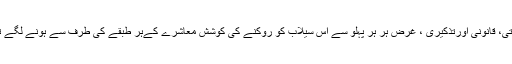
غر ض کہ ایمانی ، اخلاقی، معاشرتی، قانونی اورتذکیری ، غرض ہر ہر پہلو سے اس سیلاب کو روکنے کی کوشش معاشرے کےہر طبقے کی طرف سے ہونے لگے تو اچھے نتائج سامنے آنا یقینی ہے۔